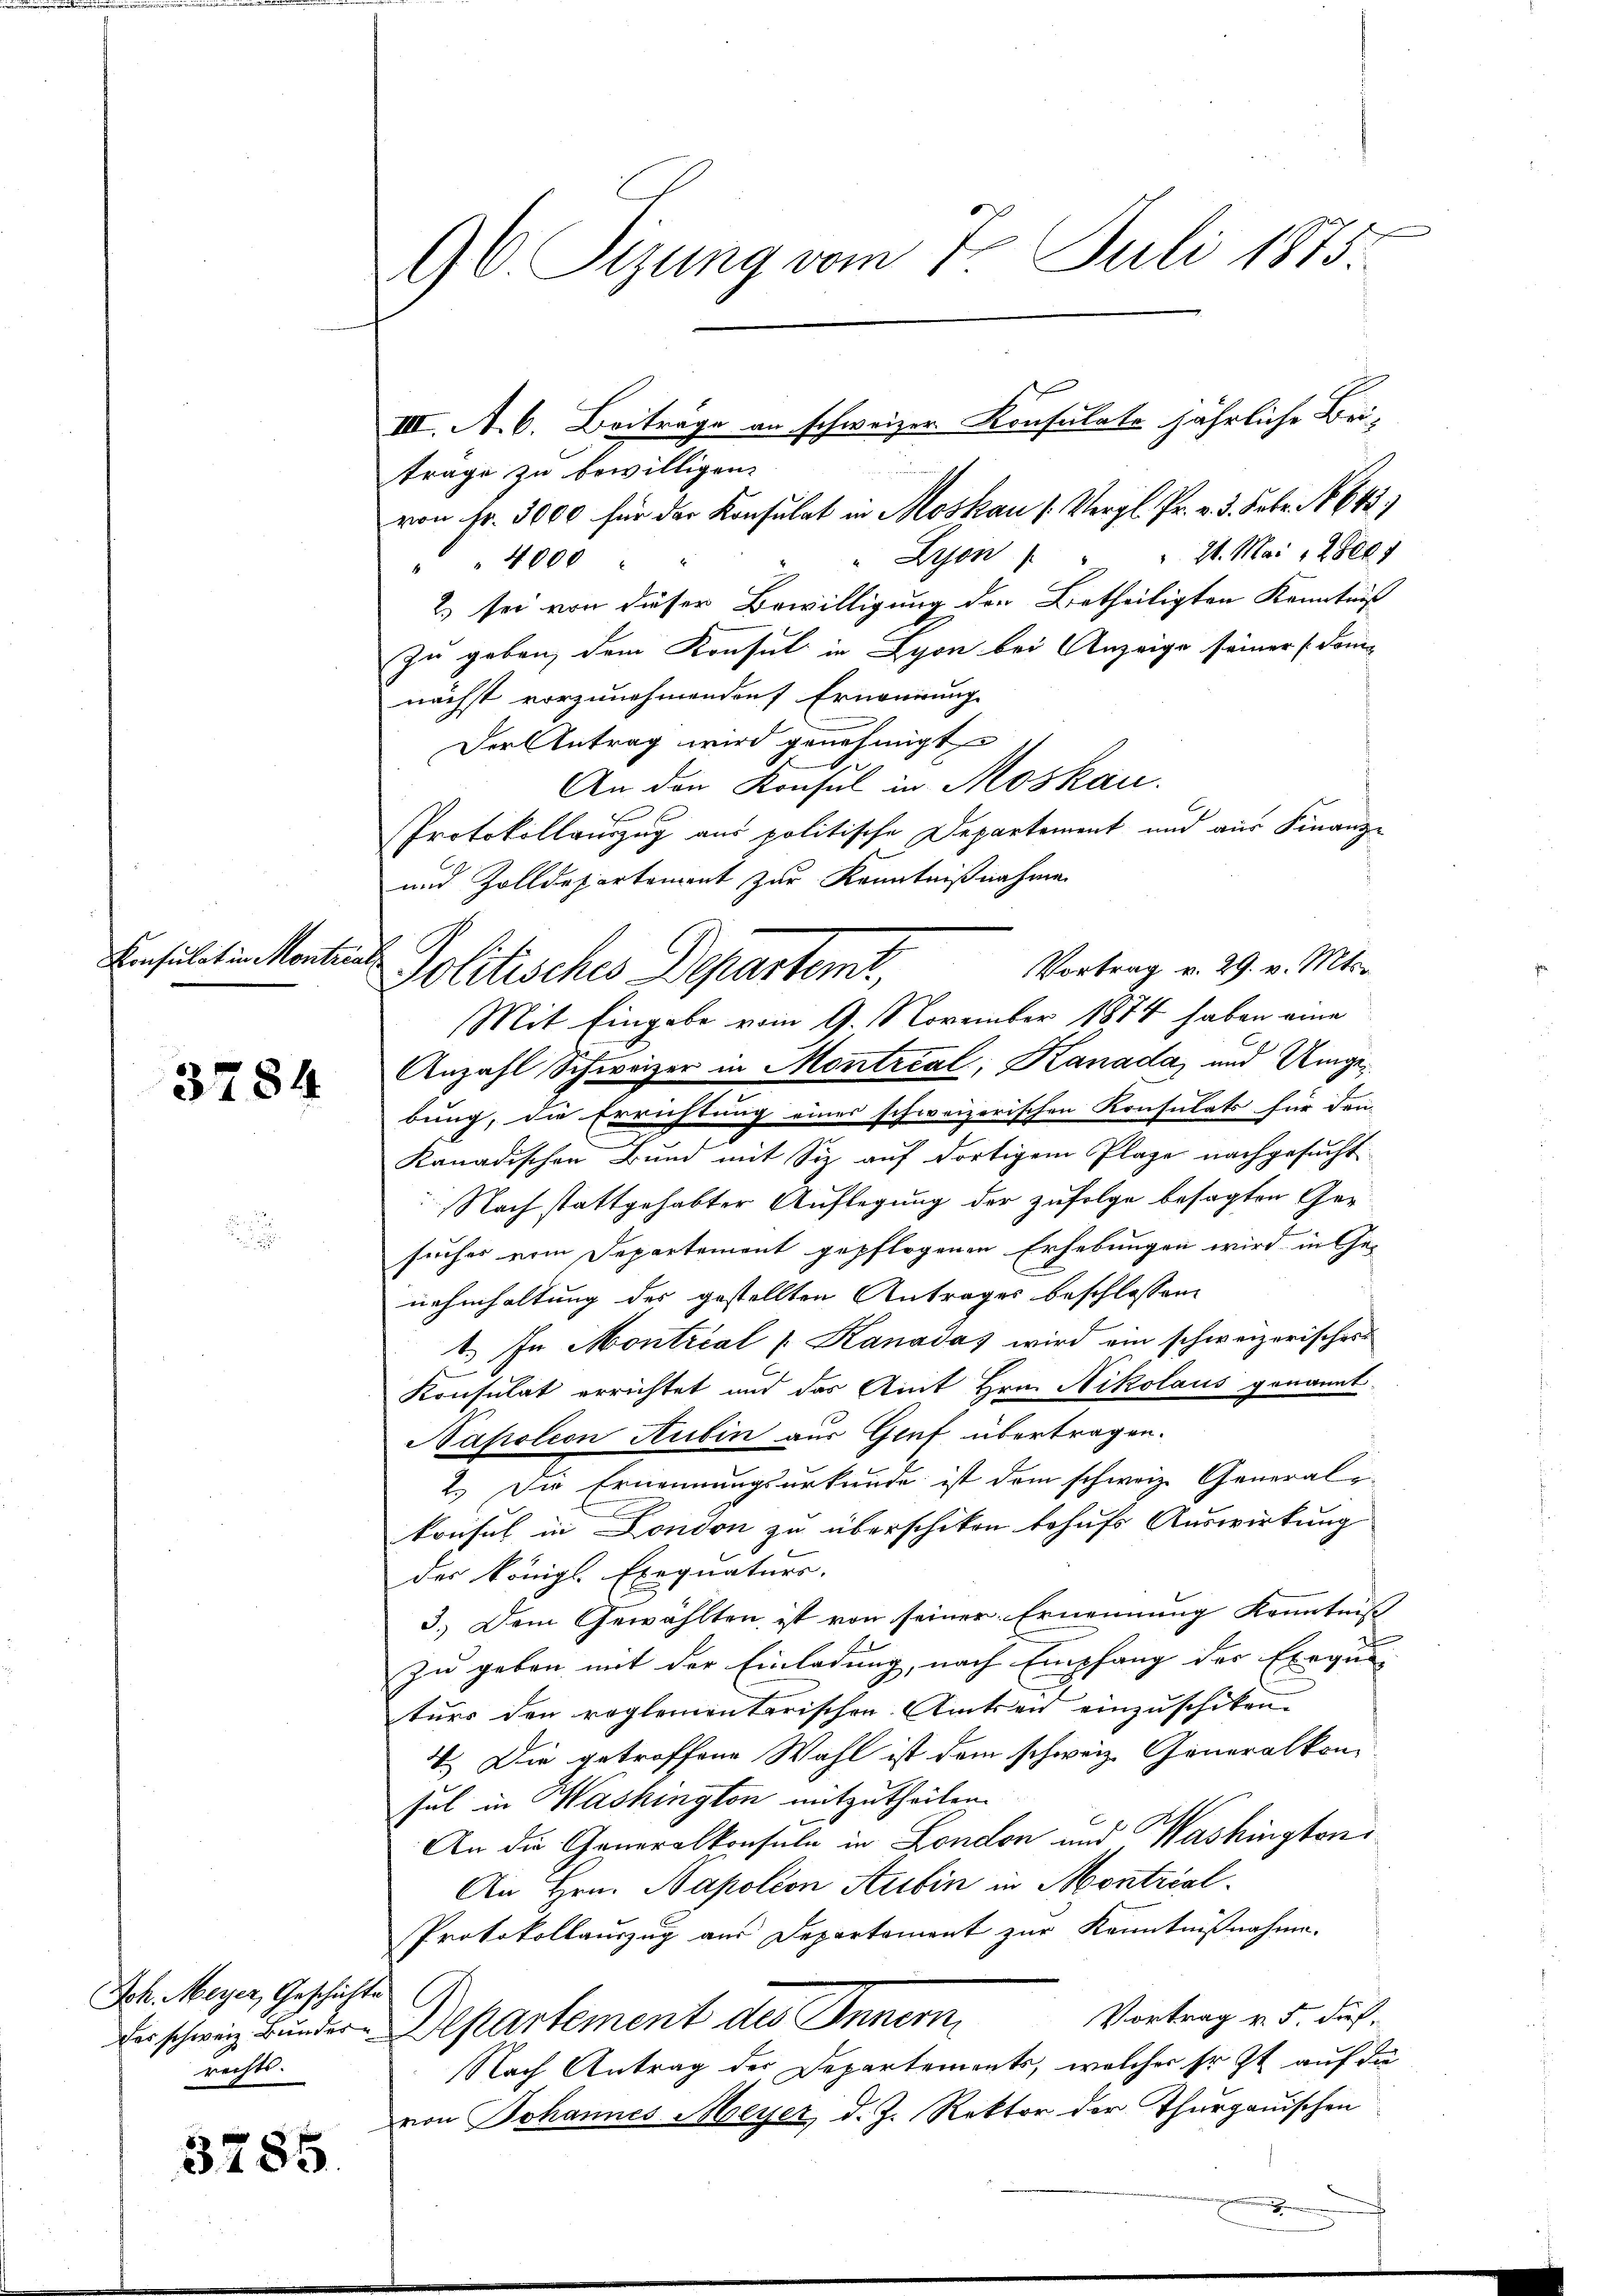
Konsulat in Montral¬

3784

Joh. Meyer, Geschächte
rechts.

3785.

C. Sizung vom 7. Juli 1873

trage zu bewilligen.
von fr. 3000 für der Konsulat in Moskau (Vergl. Pr. v. 3. Febr. 1864)
" Lyon " " " 21. Mai 128004
" 4000
2) sei von dieser Bewilligung der Betheiligten Kenntniß
zu geben, dem Konsul in Lyon bei Anzeige seiner Komnächst vorzunehmenden Erneuerung
Der Antrag wird genehmigt
An den Konsul in Moskau
Protokollauszug aus politische Departement und aus Finanz¬
und Zolldepartement zur Kenntnißnahme
Vortrag v. 29. v. Mts.
Politisches Departeme,
Mit Eingabe vom 9. November 1874 haben eine
Anzahl Schweizer in Montrcal, Kanada, und Umgebung, die Errichtung eines schweizerischen Konsulats für den-
kanadischen Bund mit Siz auf dortigem Plage nachgesucht
Nach stattgehabter Auflegung der zufolge besagten Gesuches vom Departement gepflogenen Erhebungen wird in Ge-
nahmhaltung des gestellten Antrages beschlossene
1.) In Montrial [Kanadas wird ein schweizerisches
Konsulat errichtet und das Amt Hrn. Nikolaus genannt.
Napoleon Rubin aus Gruf übertragen.
2.) Die Ernennungsurkunde ist dem schweiz. General-
konsul in London zu überschikon behufs Auswirkung
der Königl. Exequaturs.
3.) Dem Gewählten, ist von seiner Ernennung Kenntniß
f
zu geben mit der Einladung, nach Empfang des Elegie
turs den reglementarischen Amtseid einzuschiken.
4.) Die getroffene Wahl ist dem schweiz. Generalkon
sul in Washington mitzutheilen.
An die Generalkonsuln in London und Washingtoni
An Hrn. Napolion Aubin in Montral¬
Protokollauszug aus Departement zur Kenntnißnahme.
Vortrag v. 5. dies
der schweiz. Bunder Departement des Innern
Nach Antrag der Departements, welcher Erst auf da
von Johannes Meyer, d. J. Rektor der Thurgauischen
.

III. A. C. Beiträge an schweizer Konsulate jährliche Bei-